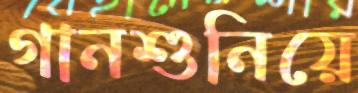
গানশুনিয়ে